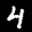
Label: 4